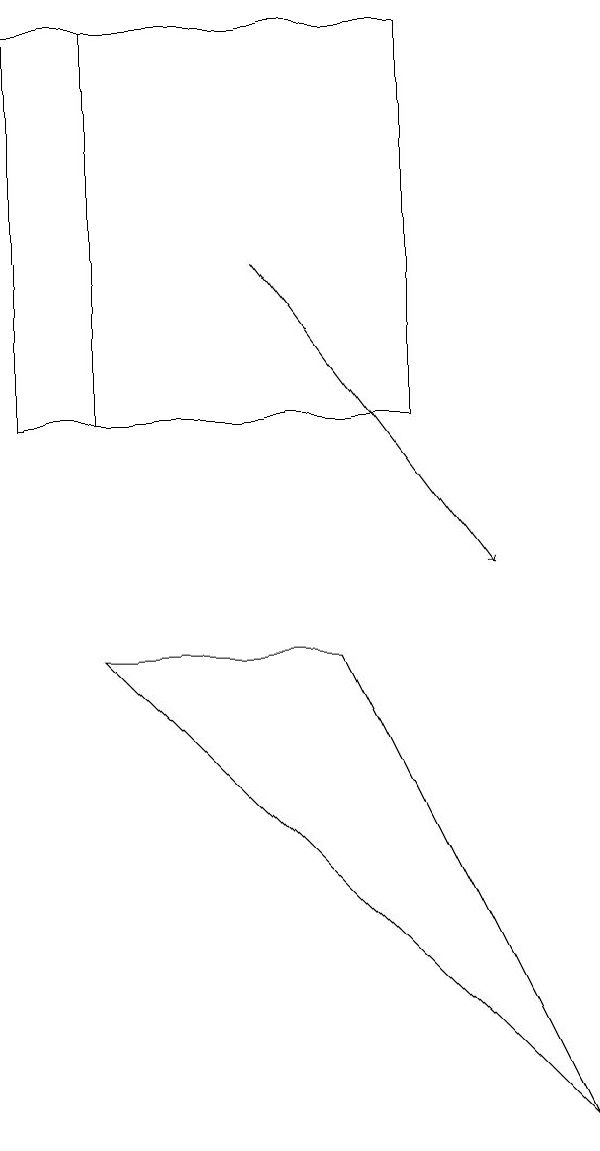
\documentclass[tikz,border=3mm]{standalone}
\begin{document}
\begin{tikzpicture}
\draw (2,12) rectangle (6,17);
\draw (6,12) rectangle (1,17);
\draw (8,3) -- (5,9) -- (2,9) -- cycle;
\draw[->] (4,14) -- (7,10);
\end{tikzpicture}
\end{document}